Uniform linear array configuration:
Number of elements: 4
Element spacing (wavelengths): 0.75
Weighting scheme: kaiser
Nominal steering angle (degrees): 15
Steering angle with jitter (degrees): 15.913
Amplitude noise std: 0.05
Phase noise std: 0.05

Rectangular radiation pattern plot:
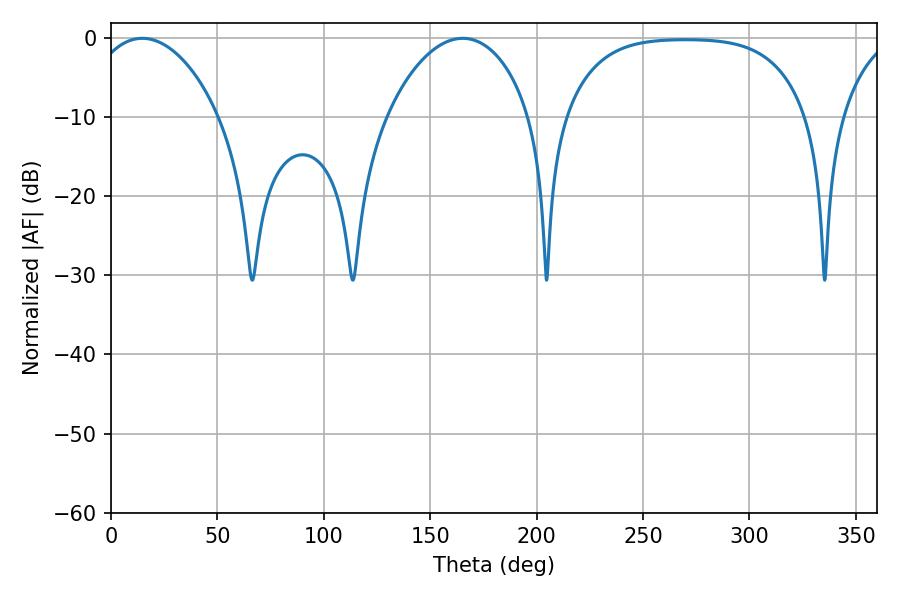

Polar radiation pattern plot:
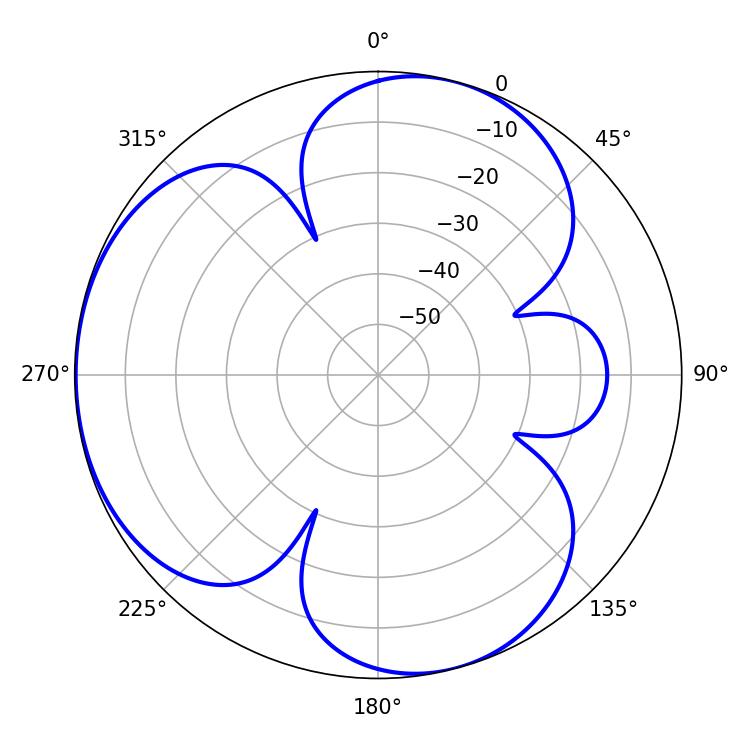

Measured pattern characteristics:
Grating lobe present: TRUE
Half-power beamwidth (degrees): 34.56
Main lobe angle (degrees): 14.76